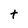
Character: t